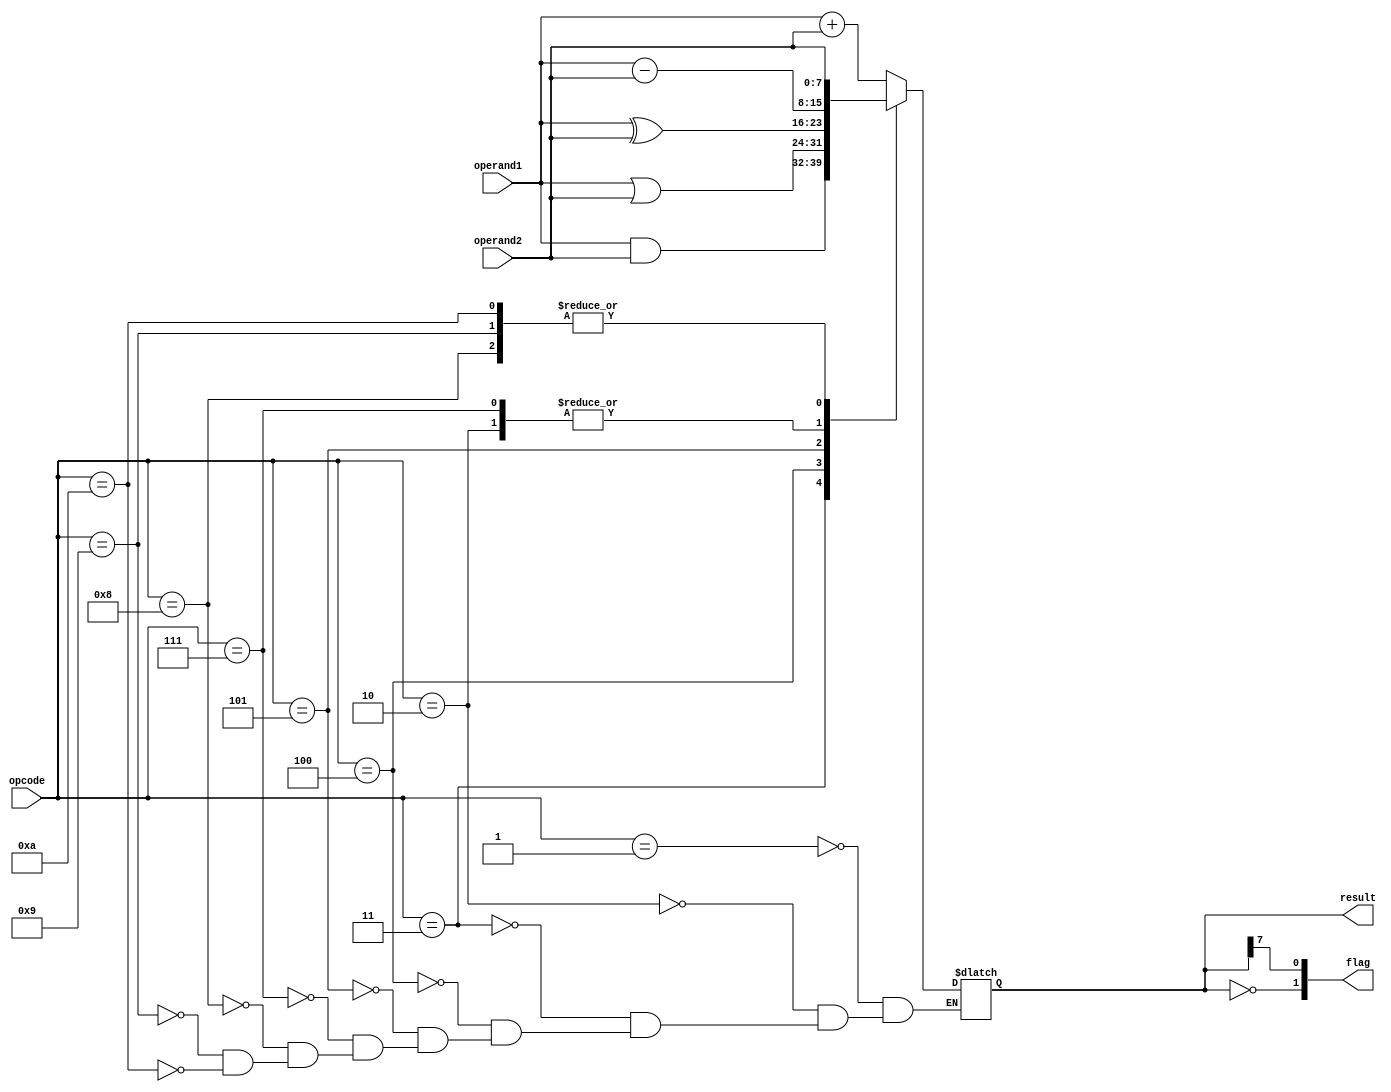
module alu(input wire [7:0]operand1,
            input wire [7:0]operand2,
            input wire [3:0]opcode,
            output reg [7:0]result,
            output wire [1:0]flag
            );
            
wire N, S;

assign Z = (result == 0);
assign N = result[7]; // n complement fa?? de 2 bitul MSB este bit de semn
assign flag = {Z, N};

always @(*) begin
    case(opcode)
    4'b0000: result = result;
    4'b0001: result = operand1 + operand2;
    4'b0010: result = operand1 - operand2;
    4'b0011: result = operand1 & operand2;
    4'b0100: result = operand1 | operand2;
    4'b0101: result = operand1 ^ operand2;
    4'b0111: result = operand1 - operand2;
    4'b1000: result = operand2;
    4'b1001: result = operand2;
    4'b1010: result = operand2;
    4'b1111: result = result;
    endcase
    
end

endmodule